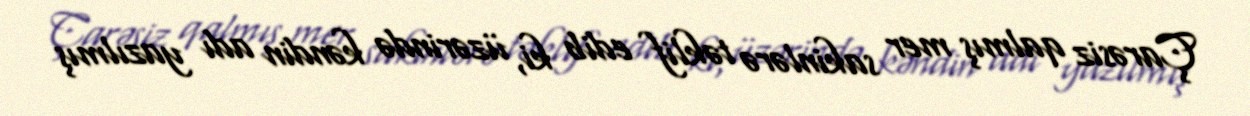
Çarəsiz qalmış mer sakinlərə təklif edib ki, üzərində kəndin adı yazılmış